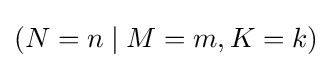
(N=n\mid M=m,K=k)